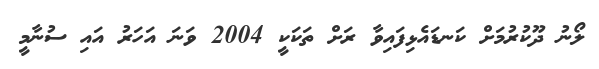
ލޯނު ދޫކުރުމަށް ކަނޑައެޅިފައިވާ ރަށް ތަކަކީ 2004 ވަނަ އަހަރު އައި ސުނާމީ